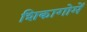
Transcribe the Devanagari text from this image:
शिकागोमें